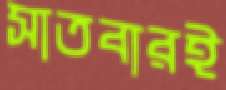
সাতবারই